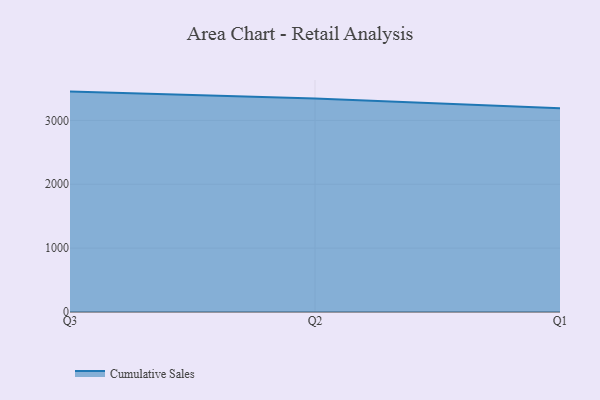
{"axis": {"x": "Quarter", "y": "Energy Usage (MWh)"}, "legend": ["Cumulative Sales"], "data": [{"x": "Q3", "y": 3451.0, "type": "Cumulative Sales"}, {"x": "Q2", "y": 3344.6, "type": "Cumulative Sales"}, {"x": "Q1", "y": 3190.0, "type": "Cumulative Sales"}]}